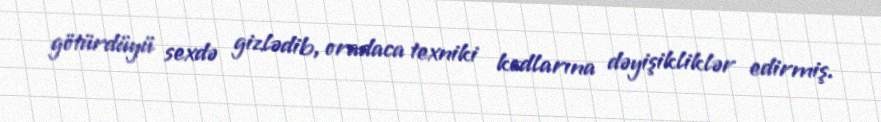
götürdüyü sexdə gizlədib, oradaca texniki kodlarına dəyişikliklər edirmiş.